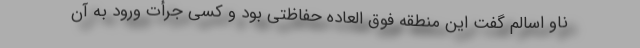
ناو اسالم گفت این منطقه فوق العاده حفاظتی بود و کسی جرأت ورود به آن